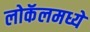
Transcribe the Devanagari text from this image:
लोकॅलमध्ये